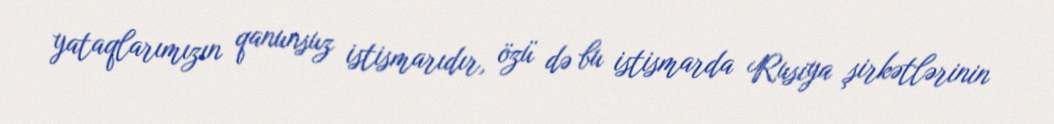
yataqlarımızın qanunsuz istismarıdır, özü də bu istismarda Rusiya şirkətlərinin